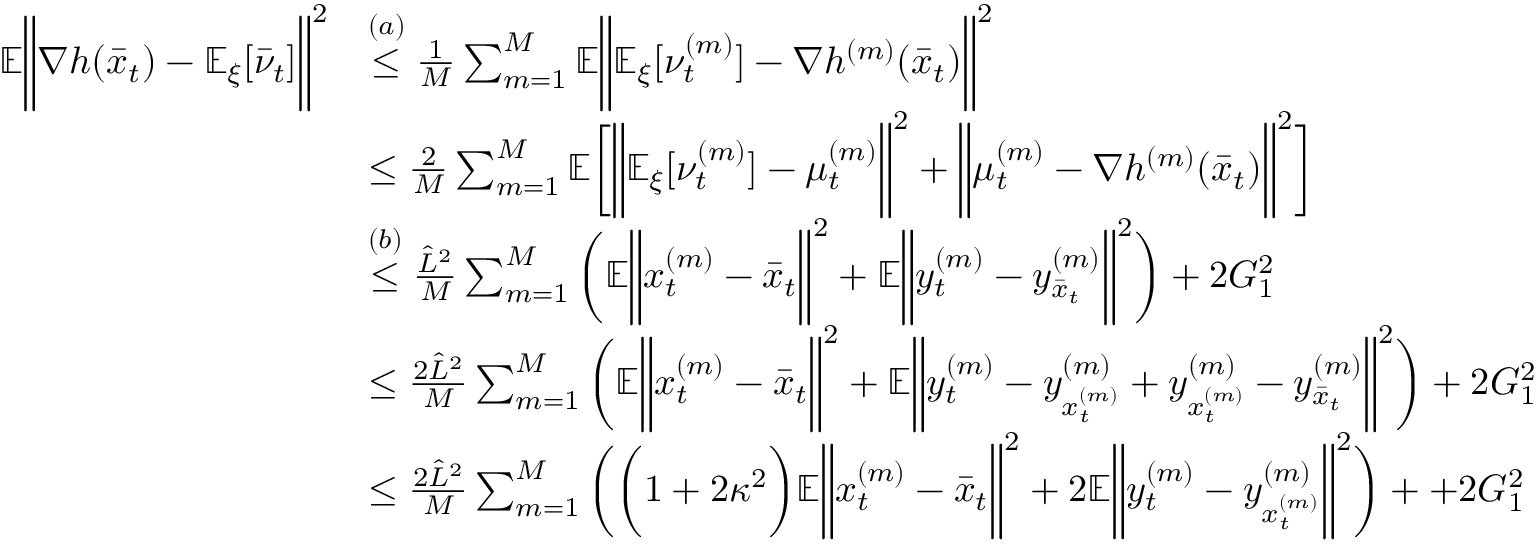
\begin{array} { r l } { \mathbb { E } \bigg \| \nabla h ( \bar { x } _ { t } ) - \mathbb { E } _ { \xi } [ \bar { \nu } _ { t } ] \bigg \| ^ { 2 } } & { \overset { ( a ) } { \leq } \frac { 1 } { M } \sum _ { m = 1 } ^ { M } \mathbb { E } \bigg \| \mathbb { E } _ { \xi } [ \nu _ { t } ^ { ( m ) } ] - \nabla h ^ { ( m ) } ( \bar { x } _ { t } ) \bigg \| ^ { 2 } } \\ & { \leq \frac { 2 } { M } \sum _ { m = 1 } ^ { M } \mathbb { E } \bigg [ \bigg \| \mathbb { E } _ { \xi } [ \nu _ { t } ^ { ( m ) } ] - \mu _ { t } ^ { ( m ) } \bigg \| ^ { 2 } + \bigg \| \mu _ { t } ^ { ( m ) } - \nabla h ^ { ( m ) } ( \bar { x } _ { t } ) \bigg \| ^ { 2 } \bigg ] } \\ & { \overset { ( b ) } { \leq } \frac { \hat { L } ^ { 2 } } { M } \sum _ { m = 1 } ^ { M } \bigg ( \mathbb { E } \bigg \| x _ { t } ^ { ( m ) } - \bar { x } _ { t } \bigg \| ^ { 2 } + \mathbb { E } \bigg \| y _ { t } ^ { ( m ) } - y _ { \bar { x } _ { t } } ^ { ( m ) } \bigg \| ^ { 2 } \bigg ) + 2 G _ { 1 } ^ { 2 } } \\ & { \leq \frac { 2 \hat { L } ^ { 2 } } { M } \sum _ { m = 1 } ^ { M } \bigg ( \mathbb { E } \bigg \| x _ { t } ^ { ( m ) } - \bar { x } _ { t } \bigg \| ^ { 2 } + \mathbb { E } \bigg \| y _ { t } ^ { ( m ) } - y _ { x _ { t } ^ { ( m ) } } ^ { ( m ) } + y _ { x _ { t } ^ { ( m ) } } ^ { ( m ) } - y _ { \bar { x } _ { t } } ^ { ( m ) } \bigg \| ^ { 2 } \bigg ) + 2 G _ { 1 } ^ { 2 } } \\ & { \leq \frac { 2 \hat { L } ^ { 2 } } { M } \sum _ { m = 1 } ^ { M } \bigg ( \bigg ( 1 + 2 \kappa ^ { 2 } \bigg ) \mathbb { E } \bigg \| x _ { t } ^ { ( m ) } - \bar { x } _ { t } \bigg \| ^ { 2 } + 2 \mathbb { E } \bigg \| y _ { t } ^ { ( m ) } - y _ { x _ { t } ^ { ( m ) } } ^ { ( m ) } \bigg \| ^ { 2 } \bigg ) + + 2 G _ { 1 } ^ { 2 } } \end{array}